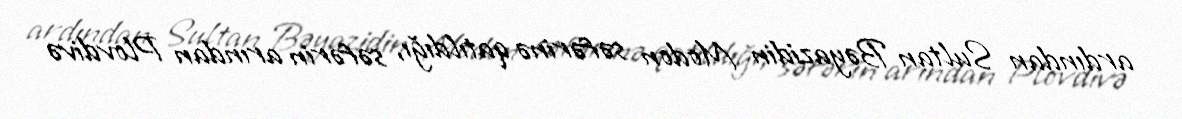
ardından Sultan Bəyazidin Modon səfərinə qatıldığı, səfərin arından Plovdivə